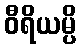
ဝီရိယမ္ပိ